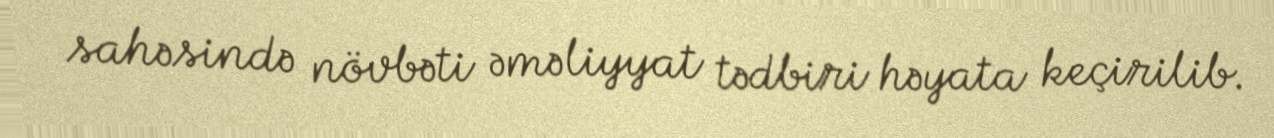
sahəsində növbəti əməliyyat tədbiri həyata keçirilib.